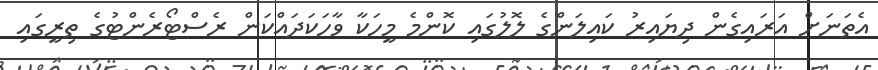
އެތަނަށް އަރައިގެން ދިޔައިރު ކައިލަންގެ ލޮލުގައި ކޮންމެ މީހަކާ ވާހަކަދައްކަން ރެސްޓޯރެންޓުގެ ތިރީގައި